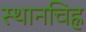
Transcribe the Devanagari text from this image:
स्थानचिह्न